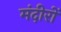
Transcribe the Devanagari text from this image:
मंदीरों